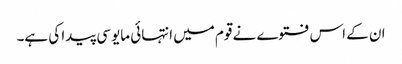
ان کے اس فتوے نے قوم میں انتہائی مایوسی پیدا کی ہے۔